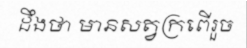
ដឹងថា មានសត្វក្រពើរួច